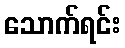
သောက်ရင်း